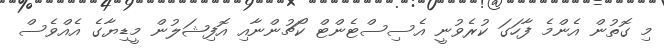
މި ގޮތުން އެންމެ ފާހަގަ ކުރެވުނީ އެސިސްޓެންޓް ކޯޗުންނާއި އޮފިޝަލުން މީޑިޔާގެ އެއްވެސް